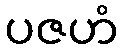
ပဇဟံ